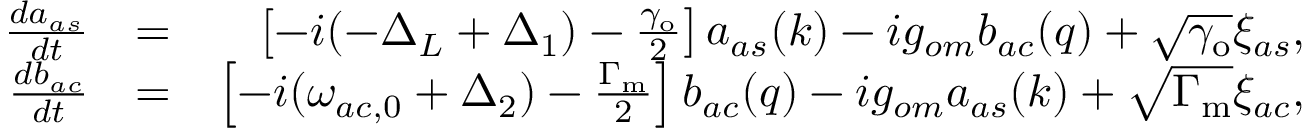
\begin{array} { r l r } { \frac { d a _ { a s } } { d t } } & { = } & { \left[ - i ( - \Delta _ { L } + \Delta _ { 1 } ) - \frac { \gamma _ { \mathrm { o } } } { 2 } \right] a _ { a s } ( k ) - i g _ { o m } b _ { a c } ( q ) + \sqrt { \gamma _ { \mathrm { o } } } \xi _ { a s } , } \\ { \frac { d b _ { a c } } { d t } } & { = } & { \left[ - i ( \omega _ { a c , 0 } + \Delta _ { 2 } ) - \frac { \Gamma _ { \mathrm { m } } } { 2 } \right] b _ { a c } ( q ) - i g _ { o m } a _ { a s } ( k ) + \sqrt { \Gamma _ { \mathrm { m } } } \xi _ { a c } , } \end{array}